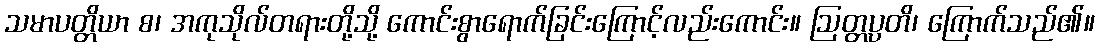
သမာပတ္တိယာ စ၊ အကုသိုလ်တရားတို့သို့ ကောင်းစွာရောက်ခြင်းကြောင့်လည်းကောင်း။ ဩတ္တပ္ပတိ၊ ကြောက်သည်၏။